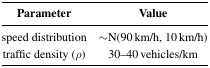
| Parameter | Value |
 | --- | --- |
 | speed distribution | ∼N(90 km/h, 10 km/h) |
 | traffic density (ρ) | 30–40 vehicles/km |